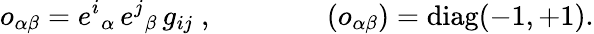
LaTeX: o_{\alpha\beta}=e^{i}{}_{\alpha}\, e^{j}{}_{\beta}\, g_{ij}\; ,\qquad\qquad(o_{\alpha\beta})=\mathrm{diag}(-1,+1).